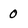
Character: 0